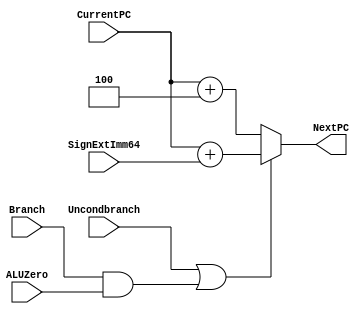
module NextPClogic(NextPC, CurrentPC, SignExtImm64, Branch, ALUZero, Uncondbranch); 
       input [63:0] CurrentPC, SignExtImm64;
       input Branch, ALUZero, Uncondbranch;
       output reg  [63:0] NextPC;
       /* write your code here */ 
       always @(*)
         begin
           if(Uncondbranch || (Branch && ALUZero))//Use the PC + SignExtend
             begin
               NextPC <= CurrentPC + (SignExtImm64); //#3
             end
           else //Do Normal Addition + 4
             begin
               NextPC <= CurrentPC + 4; //#2
             end
         
         end
       
endmodule